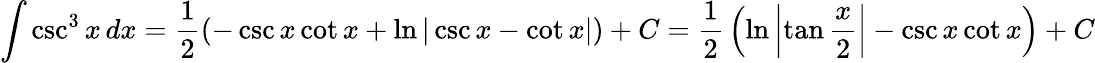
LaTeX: \int\csc^{3}x\, dx={\frac{1}{2}}(-\csc x\cot x+\ln|\csc x-\cot x|)+C={\frac{1}{2}}\left(\ln\left|\tan{\frac{x}{2}}\right|-\csc x\cot x\right)+C